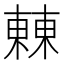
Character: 㯥